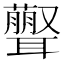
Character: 𦘃